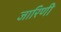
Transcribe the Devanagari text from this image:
जारिणी